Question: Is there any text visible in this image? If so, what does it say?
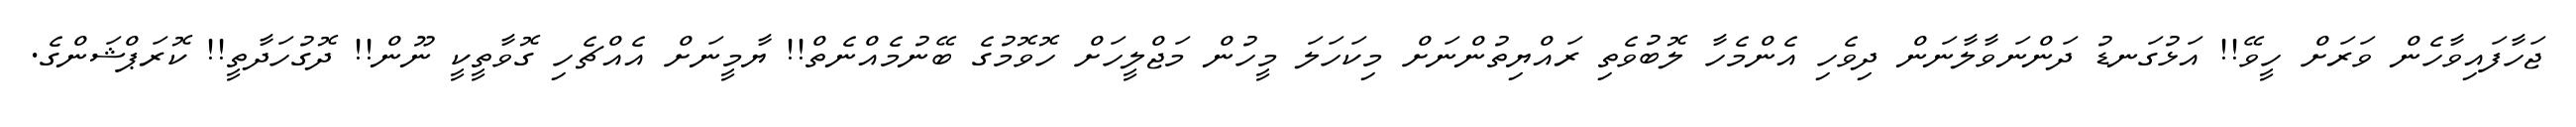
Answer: ޖަހާފައިވާހެން ވަރަށް ހީވޭ!! އަޅުގަނޑު ދަންނަވާލާނަން ދިވެހި އެންމެހާ ލޮބުވެތި ރައްޔިތުންނަށް މިކަހަލަ މީހުން މަޖްލީހަށް ހޮވޮމުގެ ބޭނުމެއްނެތް!! ޔާމީނަށް އެއްޗެހި ގޮވާތީކީ ނޫން!! ދޮގުހަދާތީ!! ކޮރަޕްޝަންގެ.